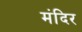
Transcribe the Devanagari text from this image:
मंदिर